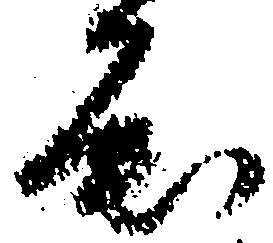
屈